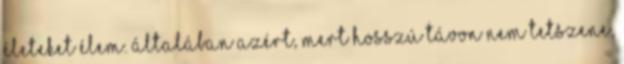
életeket élem. Általában azért, mert hosszú távon nem tetszene,